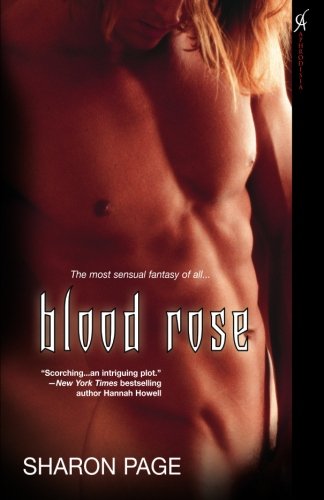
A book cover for Blood Rose; Sharon Page; Romance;